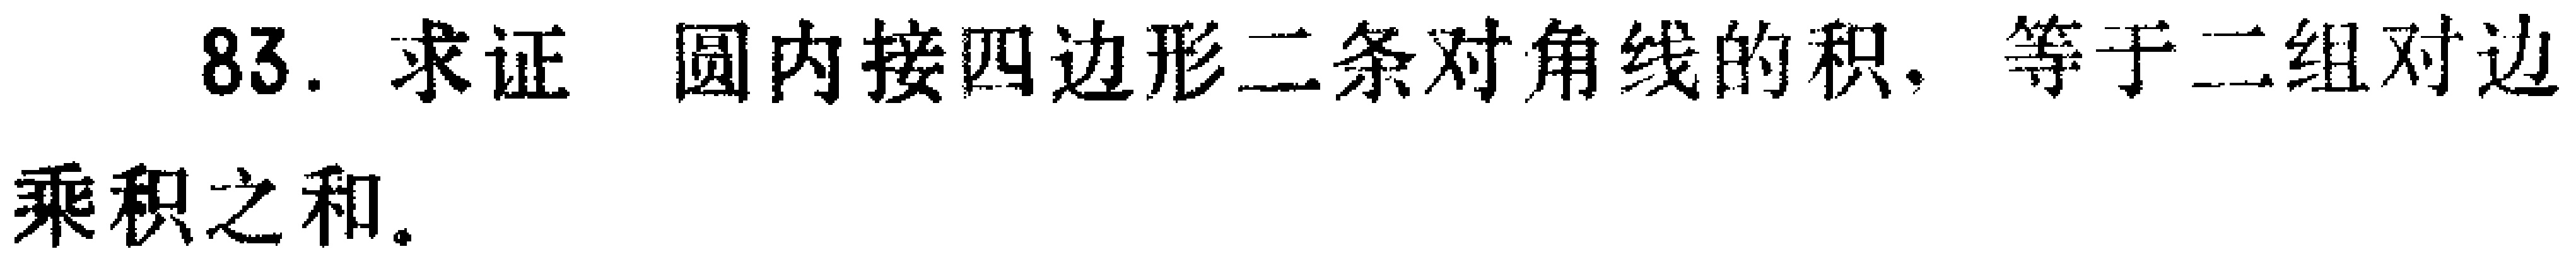
83. 求证 圆内接四边形二条对角线的积，等于二组对边乘积之和。